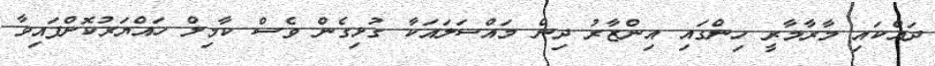
ދައްކައި މާރާމާރީ ހިންގައި އިންޒާރު ދިން މައްސަލައަކާ ގުޅިގެން ވެސް ކާމިލް ހައްޔަރުކޮށްފައިވާ